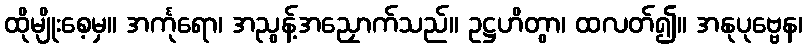
ထိုမျိုးစေ့မှ။ အင်္ကုရော၊ အညွန့်အညှောက်သည်။ ဥဋ္ဌဟိတွာ၊ ထလတ်၍။ အနုပုဗ္ဗေန၊